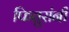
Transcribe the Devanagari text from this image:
फितुरांनी